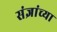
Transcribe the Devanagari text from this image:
संज्ञांच्या